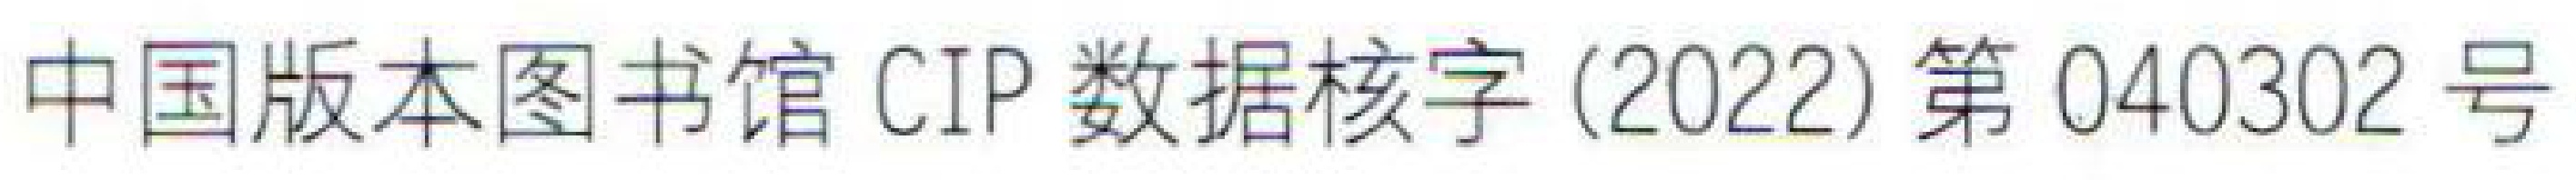
中国版本图书馆CIP数据核字(2022)第040302号